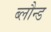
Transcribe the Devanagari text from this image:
ब्लौन्ड